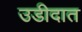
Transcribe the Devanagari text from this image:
उडीदात